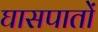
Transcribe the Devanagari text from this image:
घासपातों